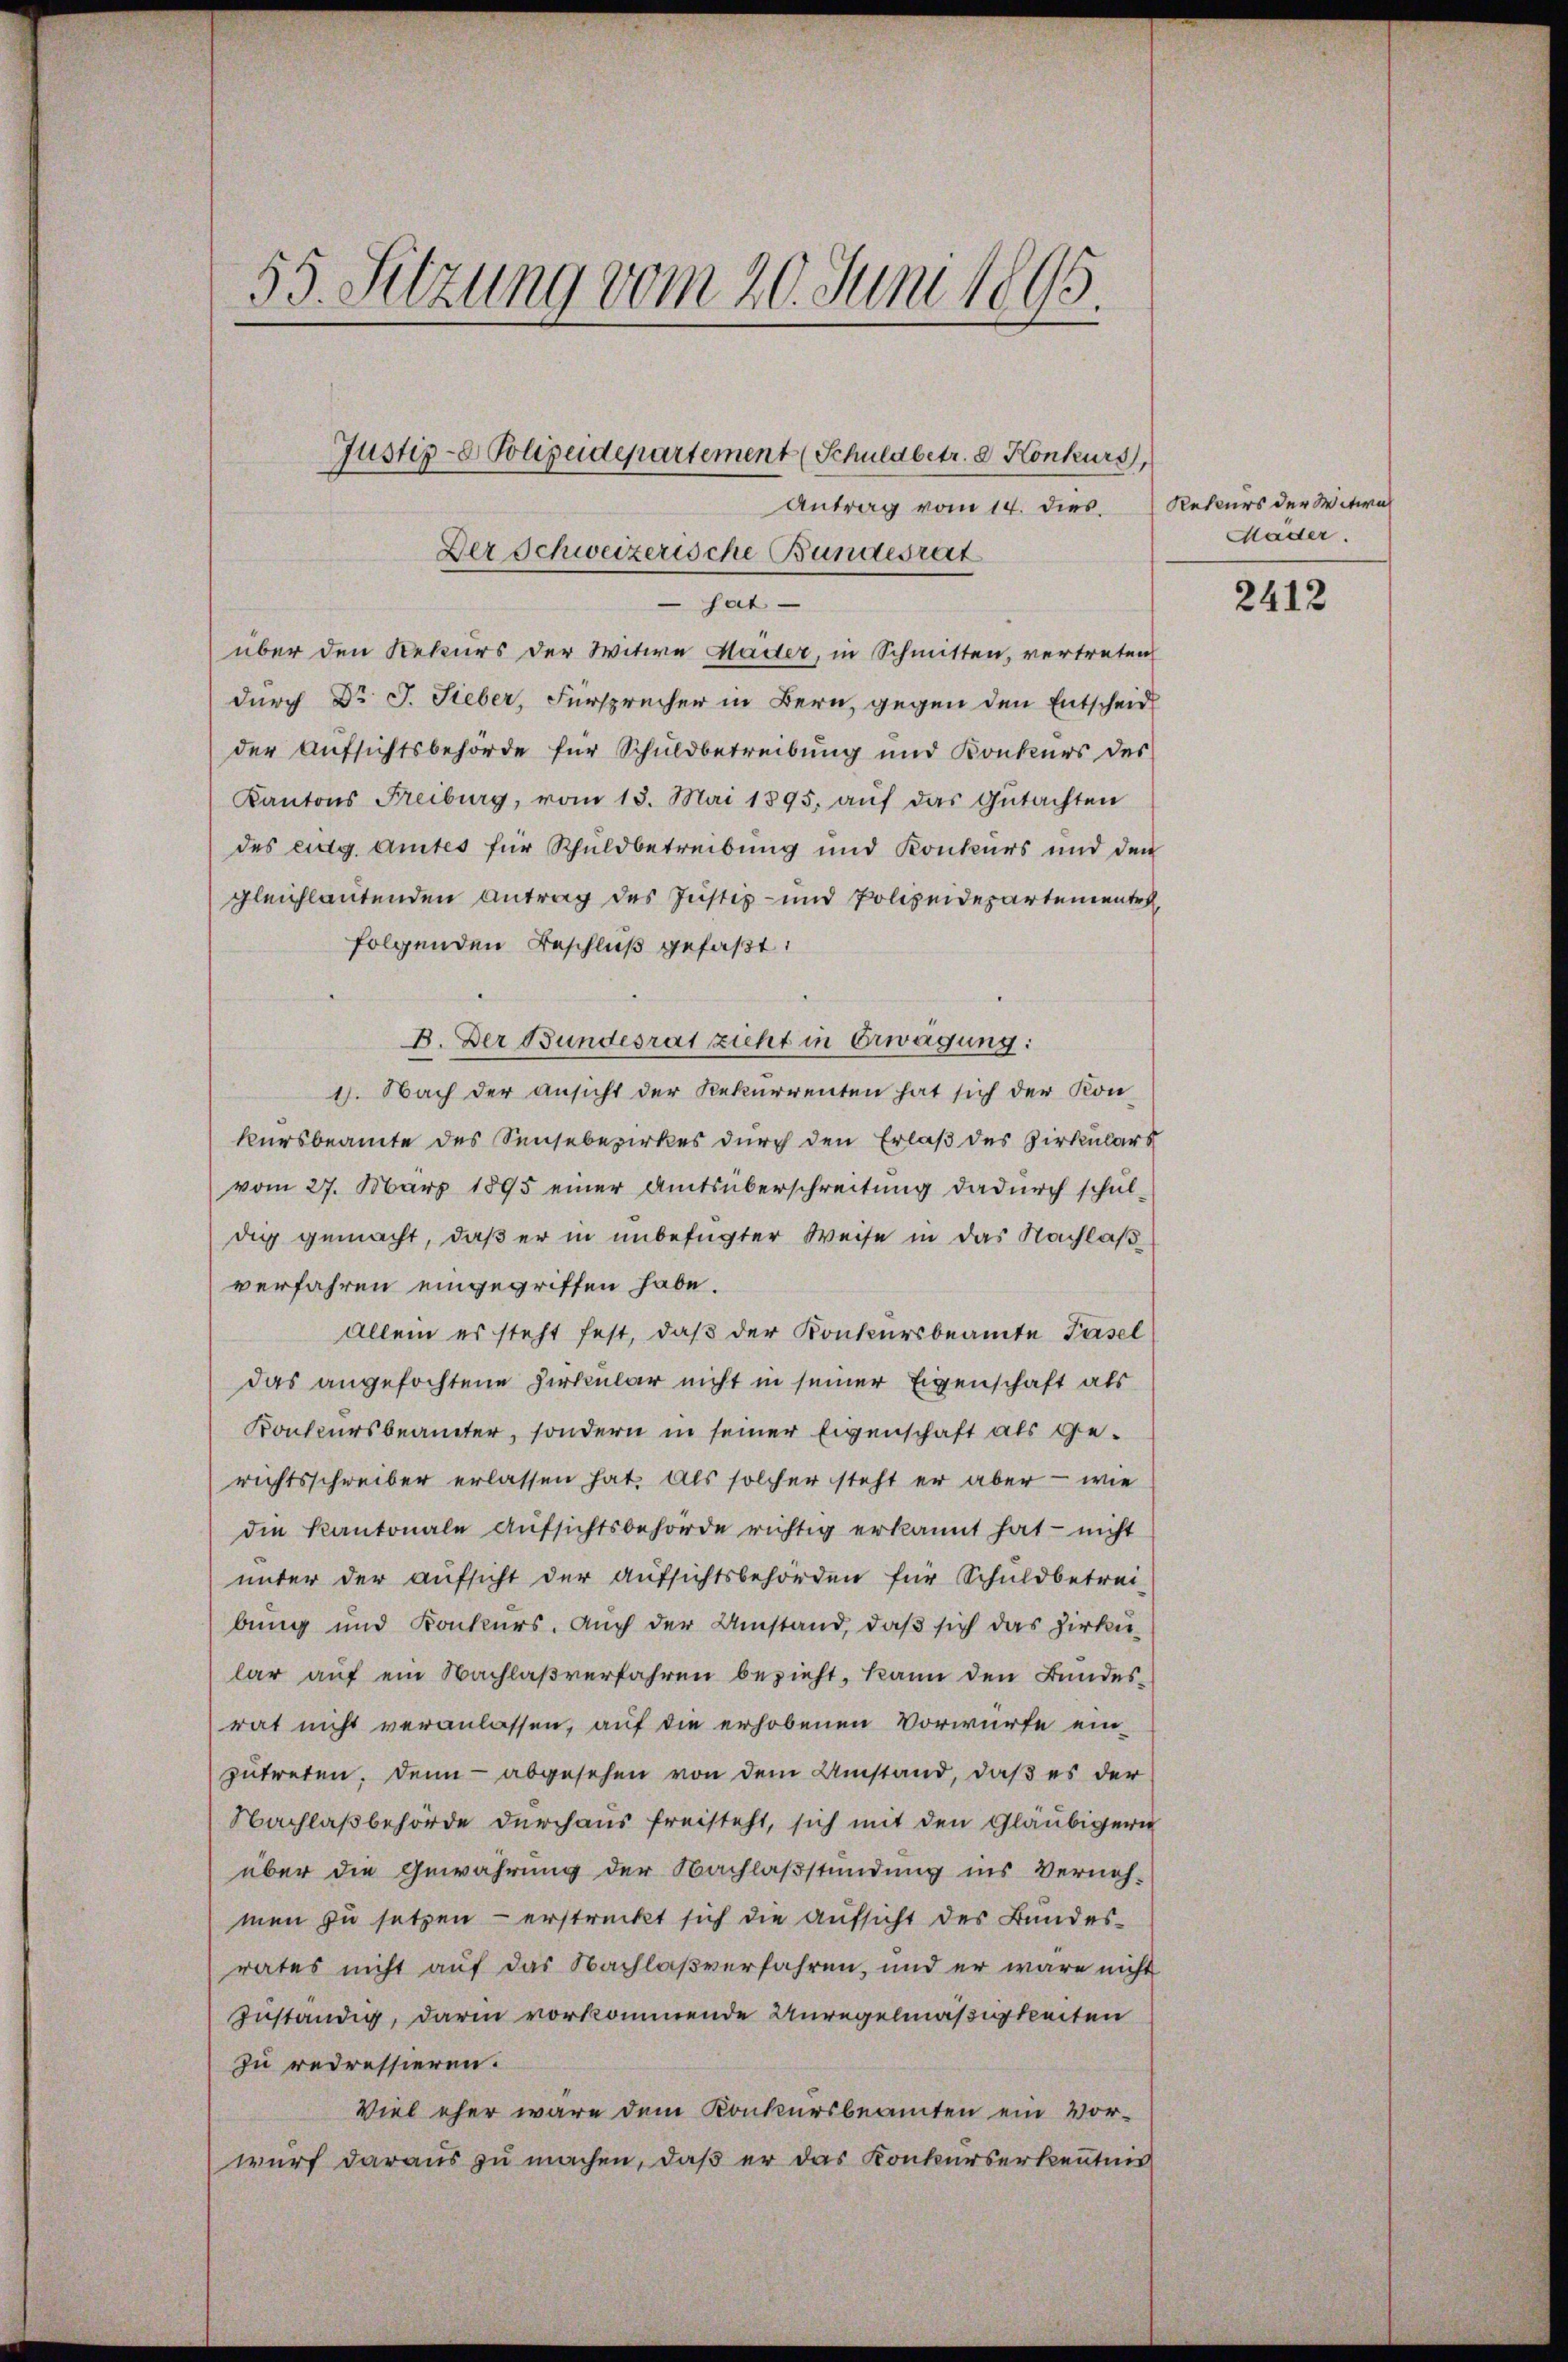
55. Sitzung vom 20. Juni 1895.
Justiz- Polizeidepartement (Schuldbetr. 8 Konkurs
Antrag vom 14. dies Rekurs der Witwe
Der Schweizerische Bundesrat

sat.
über den Rekurs der Witwe Häder, in Schmitten, vertreten
durch Dr J. Sieber, Fürsprecher in Bern, gegen den Entscheid
der Aufsichtsbehörde für Schuldbetreibung und Konkurs des
Kantons Freiburg, vom 13. Mai 1895. aŭf das Gŭtachten
des eidg. Amtes für Schuldbetreibung und Konkurs und den
gleichlautenden Antrag des Justiz- und Polizeidepartement
folgenden Beschluß gefaßt:
B. Der Bundesrat zieht in Erwägung:
1. Nach der Ansicht der Rekurrenten hat sich der Kon-
kursbeamte des Sensebezirkes durch den Erlaß des Zirkulars
vom 27. März 1895 einer Amtsüberschreitung dadurch schul-
dig gemacht, daß er in unbefugter Weise in das Nachlaß
verfahren eingegriffen habe.
Allein es steht fest, daß der Konkursbeamte Pasel
das angefochtene Zirkular nicht in seiner Eigenschaft als
Konkursbeamter, sondern in seiner Eigenschaft als Gerichtsschreiber erlassen hat. Als solcher steht er aber - wie
die Kantonale Aufsichtsbehörde richtig erkannt hat nicht
ŭnter der aŭfsicht der Aŭfsichtsbehörden für Schuldbetrei-
bung und Konkurs. Auch der Umstand, daß sich das Zirku
lar auf ein Nachlaßverfahren bezieht, kann den Bundesrat nicht veranlassen, auf die erhobenen Vorwürfe einzutreten. Denn abgesehen von dem Umstand, daß es der
Nachlaßbehörde durchaus freisteht, sich mit den Gläubigern
über die Gewährung der Nachlaßstündung ins Verneh-
men zu setzen - erstreckt sich die Aufsicht des Bundesrates nicht auf das Nachlaßverfahren, und er wäre nicht
zuständig, darin vorkommende Unregelmäßigkeiten
zu redressieren.
Viel eher wäre dem Konkursbeamten ein Vorwurf daraus zu machen, daß er das Konkurserkenntnis

Mäder.

2412